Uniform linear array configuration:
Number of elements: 64
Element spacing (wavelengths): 0.25
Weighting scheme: hamming
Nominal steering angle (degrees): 30
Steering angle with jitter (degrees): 28.022
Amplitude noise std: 0.05
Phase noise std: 0.05

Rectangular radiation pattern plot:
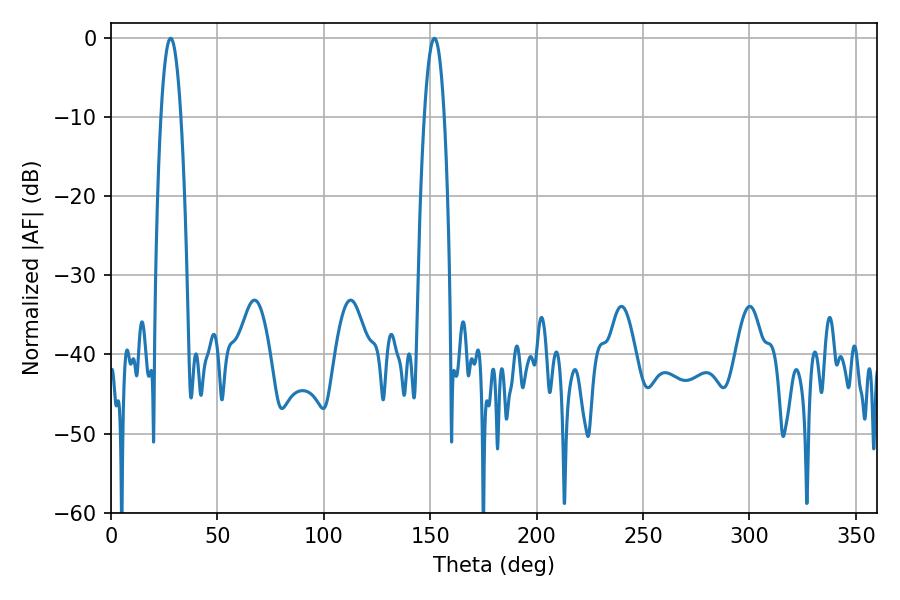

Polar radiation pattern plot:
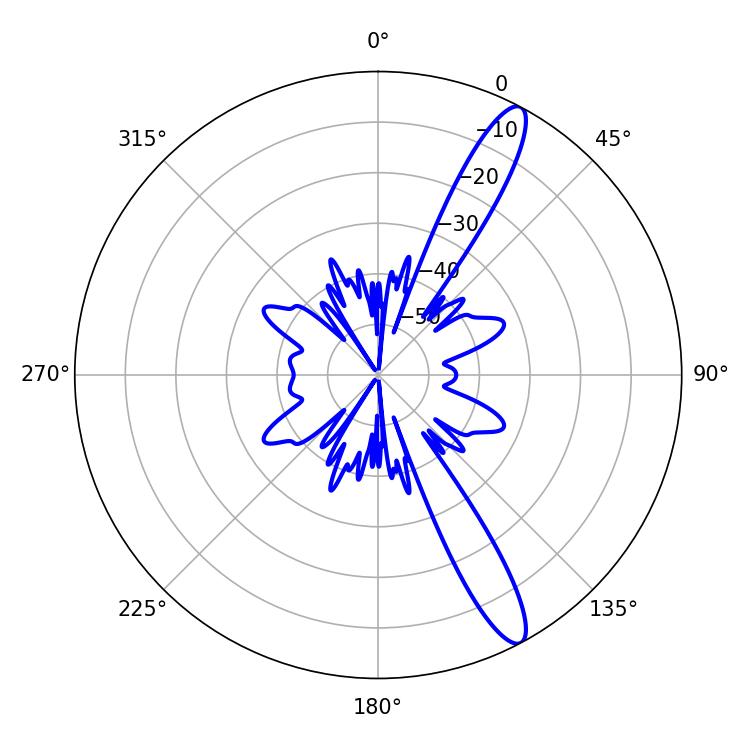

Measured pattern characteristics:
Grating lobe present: FALSE
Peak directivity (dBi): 13.378
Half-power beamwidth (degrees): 5.04
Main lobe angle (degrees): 151.92